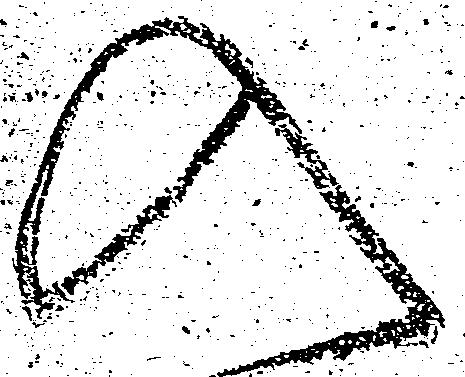
入